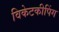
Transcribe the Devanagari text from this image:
विकेटकीपिंग